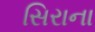
સિરાના